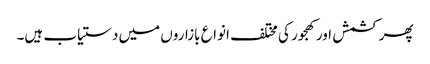
پھر کشمش اور کھجور کی مختلف انواع بازاروں میں دستیاب ہیں۔